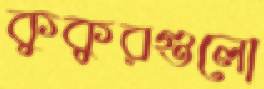
কুকুরগুলো